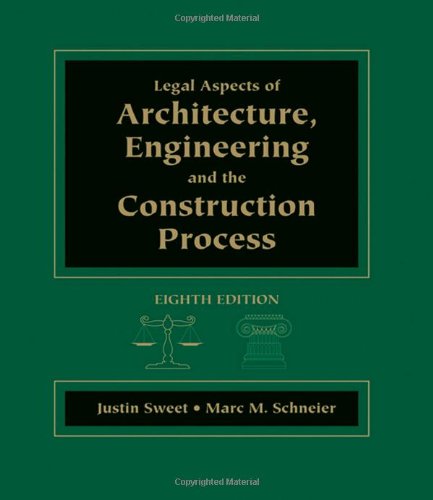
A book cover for Legal Aspects of Architecture, Engineering & the Construction Process; Justin Sweet; Arts & Photography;